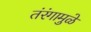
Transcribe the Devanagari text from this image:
तंरंगामुळे